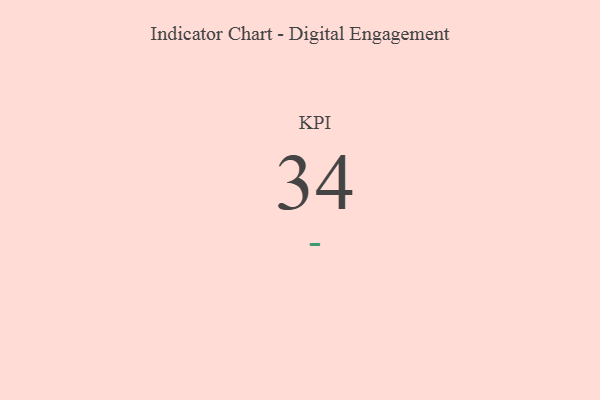
{"axis": {"x": "KPI", "y": "Value"}, "legend": [""], "data": [{"x": "KPI", "y": 34, "type": ""}]}